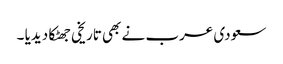
سعودی عرب نے بھی تاریخی جھٹکا دیدیا ۔